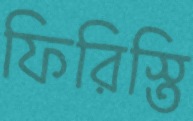
ফিরিস্তি